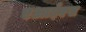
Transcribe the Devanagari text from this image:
एआईएस